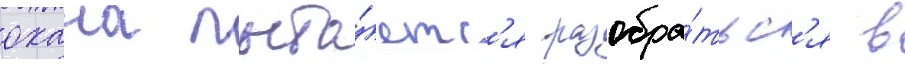
охана пыта́етс'я разобра́тьс'я в